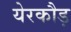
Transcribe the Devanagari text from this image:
येरकौड़